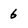
Character: 6